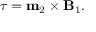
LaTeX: { \boldsymbol { \tau } } = \mathbf { m } _ { 2 } \times \mathbf { B } _ { 1 } .